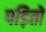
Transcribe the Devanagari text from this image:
पड़ितों